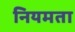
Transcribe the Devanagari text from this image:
नियमता